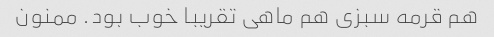
هم قرمه سبزی هم ماهی تقریبا خوب بود. ممنون